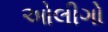
ઓલીગો